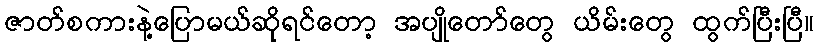
ဇာတ်စကားနဲ့ပြောမယ်ဆိုရင်တော့ အပျိုတော်တွေ ယိမ်းတွေ ထွက်ပြီးပြီ။